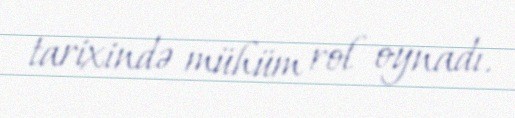
tarixində mühüm rol oynadı.